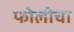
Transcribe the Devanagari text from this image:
फोलीचा